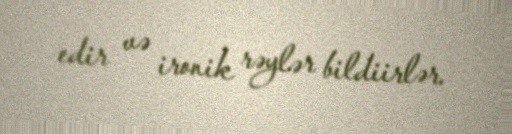
edir və ironik rəylər bildiirlər.